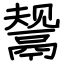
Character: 鬶